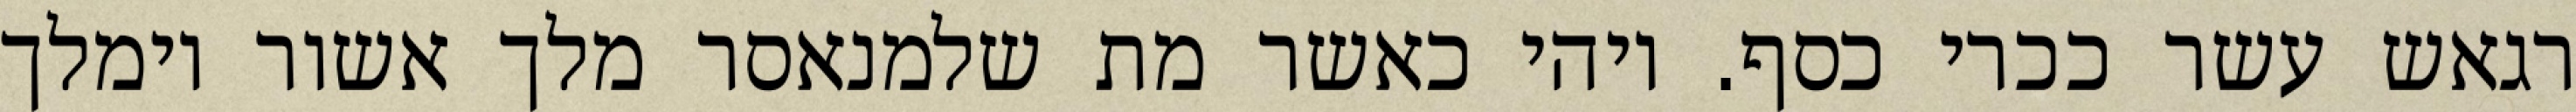
רגאש עשר ככרי כסף. ויהי כאשר מת שלמנאסר מלך אשור וימלך